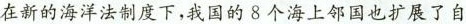
在新的海洋法制度下，我国的 8 个海上邻国也扩展了自